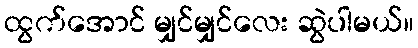
ထွက်အောင် မျှင်မျှင်လေး ဆွဲပါမယ်။